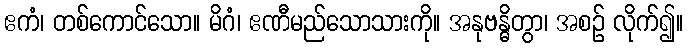
ဧကံ၊ တစ်ကောင်သော။ မိဂံ၊ ဧဏီမည်သောသားကို။ အနုဗန္ဓိတွာ၊ အစဉ် လိုက်၍။